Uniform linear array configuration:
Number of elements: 4
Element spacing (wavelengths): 0.5
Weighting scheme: kaiser
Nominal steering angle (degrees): -15
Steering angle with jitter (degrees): -16.665
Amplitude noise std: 0.05
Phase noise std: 0.05

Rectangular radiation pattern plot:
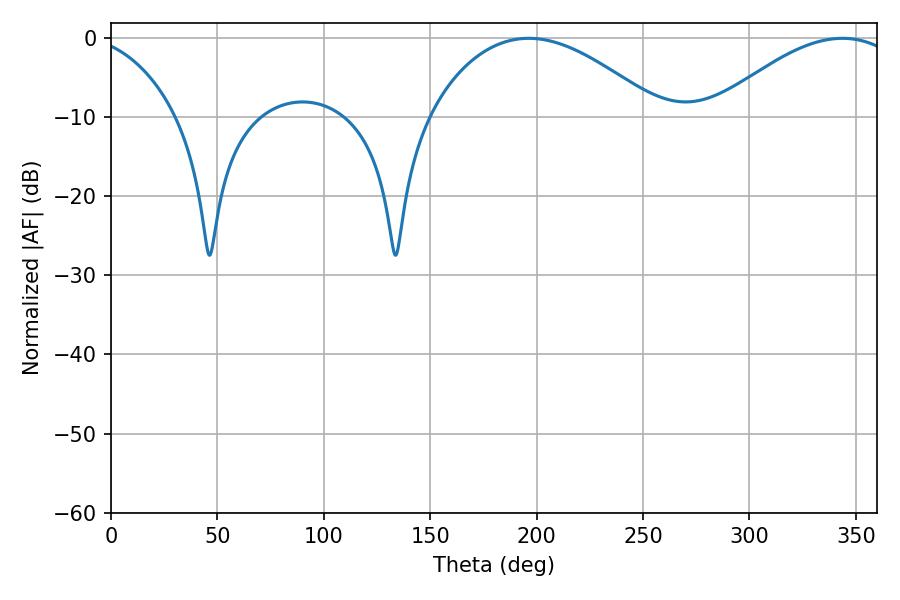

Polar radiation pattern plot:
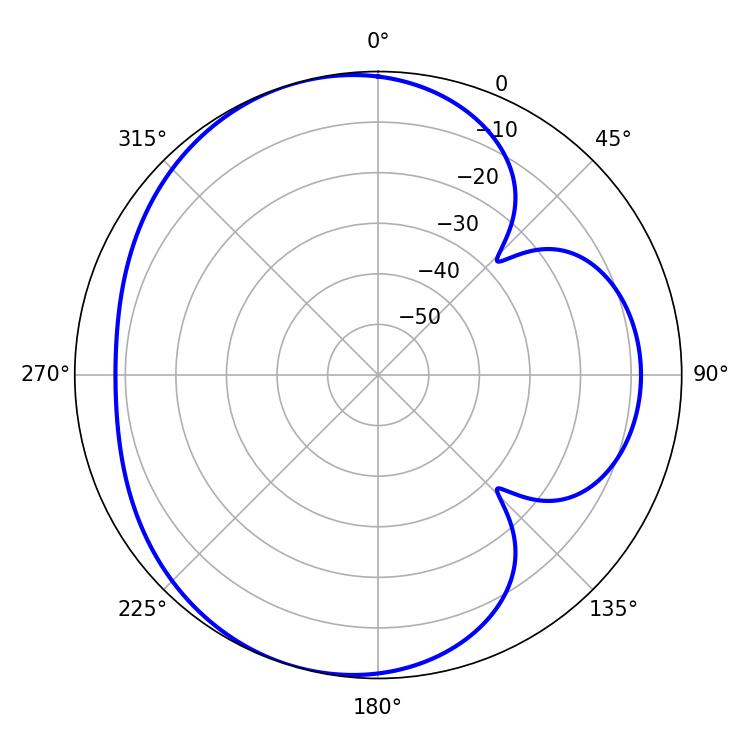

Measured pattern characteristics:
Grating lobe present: FALSE
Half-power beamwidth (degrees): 48.78
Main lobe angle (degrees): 343.62